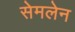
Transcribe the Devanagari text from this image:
सेमलेन